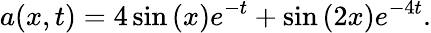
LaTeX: a(x,t)=4\sin\left(x\right)e^{-t}+\sin\left(2x\right)e^{-4t}.